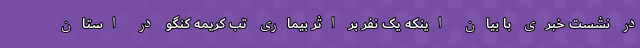
در نشست خبری با بیان اینکه یک نفر بر اثر بیماری تب کریمه کنگو در استان